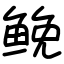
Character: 𩾃